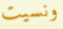
ونسيت